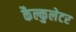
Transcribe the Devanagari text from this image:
कैल्कुलेटर